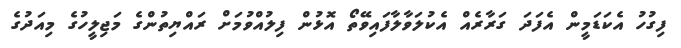
ފިގުހު އެކަޑަމީން އެފަދަ ގަރާރެއް އެކުލަވާލާފައިވޭތޯ އޮޅުން ފިލުއްވުމަށް ރައްޔިތުންގެ މަޖިލީހުގެ މިއަދުގެ